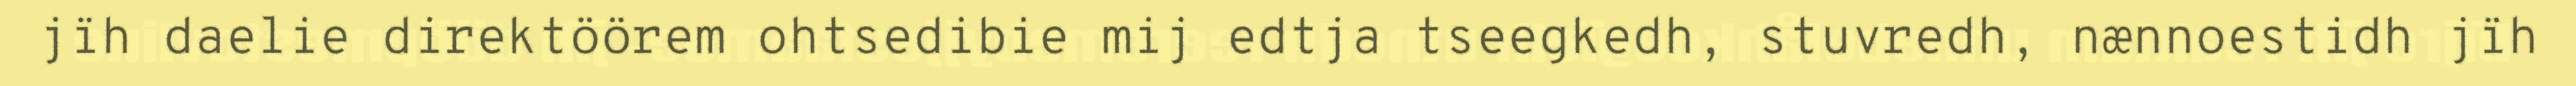
jïh daelie direktöörem ohtsedibie mij edtja tseegkedh, stuvredh, nænnoestidh jïh